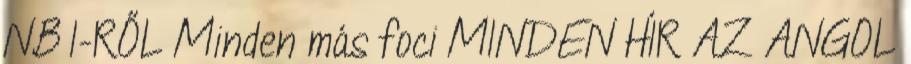
NB I-RŐL Minden más foci MINDEN HÍR AZ ANGOL